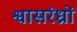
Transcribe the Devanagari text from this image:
श्वासरंध्रों